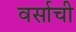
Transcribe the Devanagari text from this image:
वर्साची